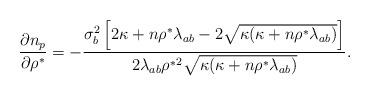
LaTeX: \begin{align*}\frac{\partial n_p}{\partial\rho^\ast}=-\frac{\sigma_b^2\left[2\kappa+n\rho^\ast\lambda_{ab}-2\sqrt{\kappa(\kappa+n\rho^\ast\lambda_{ab})}\right]}{2\lambda_{ab}{\rho^\ast}^2\sqrt{\kappa(\kappa+n\rho^\ast\lambda_{ab})}}.\end{align*}